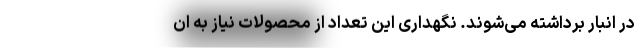
در انبار برداشته می‌شوند. نگهداری این تعداد از محصولات نیاز به ان